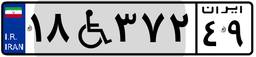
۱۸W۳۷۲۴۹